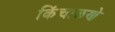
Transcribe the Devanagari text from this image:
किंचाळणे